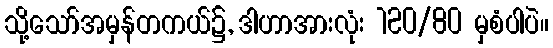
သို့သော်အမှန်တကယ်၌, ဒါဟာအားလုံး 120/80 မှစံပါပဲ။